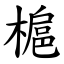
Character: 槴